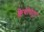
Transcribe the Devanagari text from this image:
क्लेयोपेट्रा